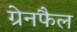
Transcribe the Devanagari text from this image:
ग्रेनफैल